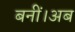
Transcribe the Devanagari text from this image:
बनीं।अब